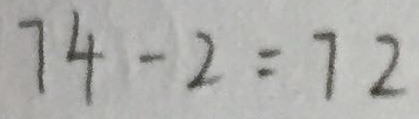
7 4 - 2 = 7 2